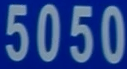
5050